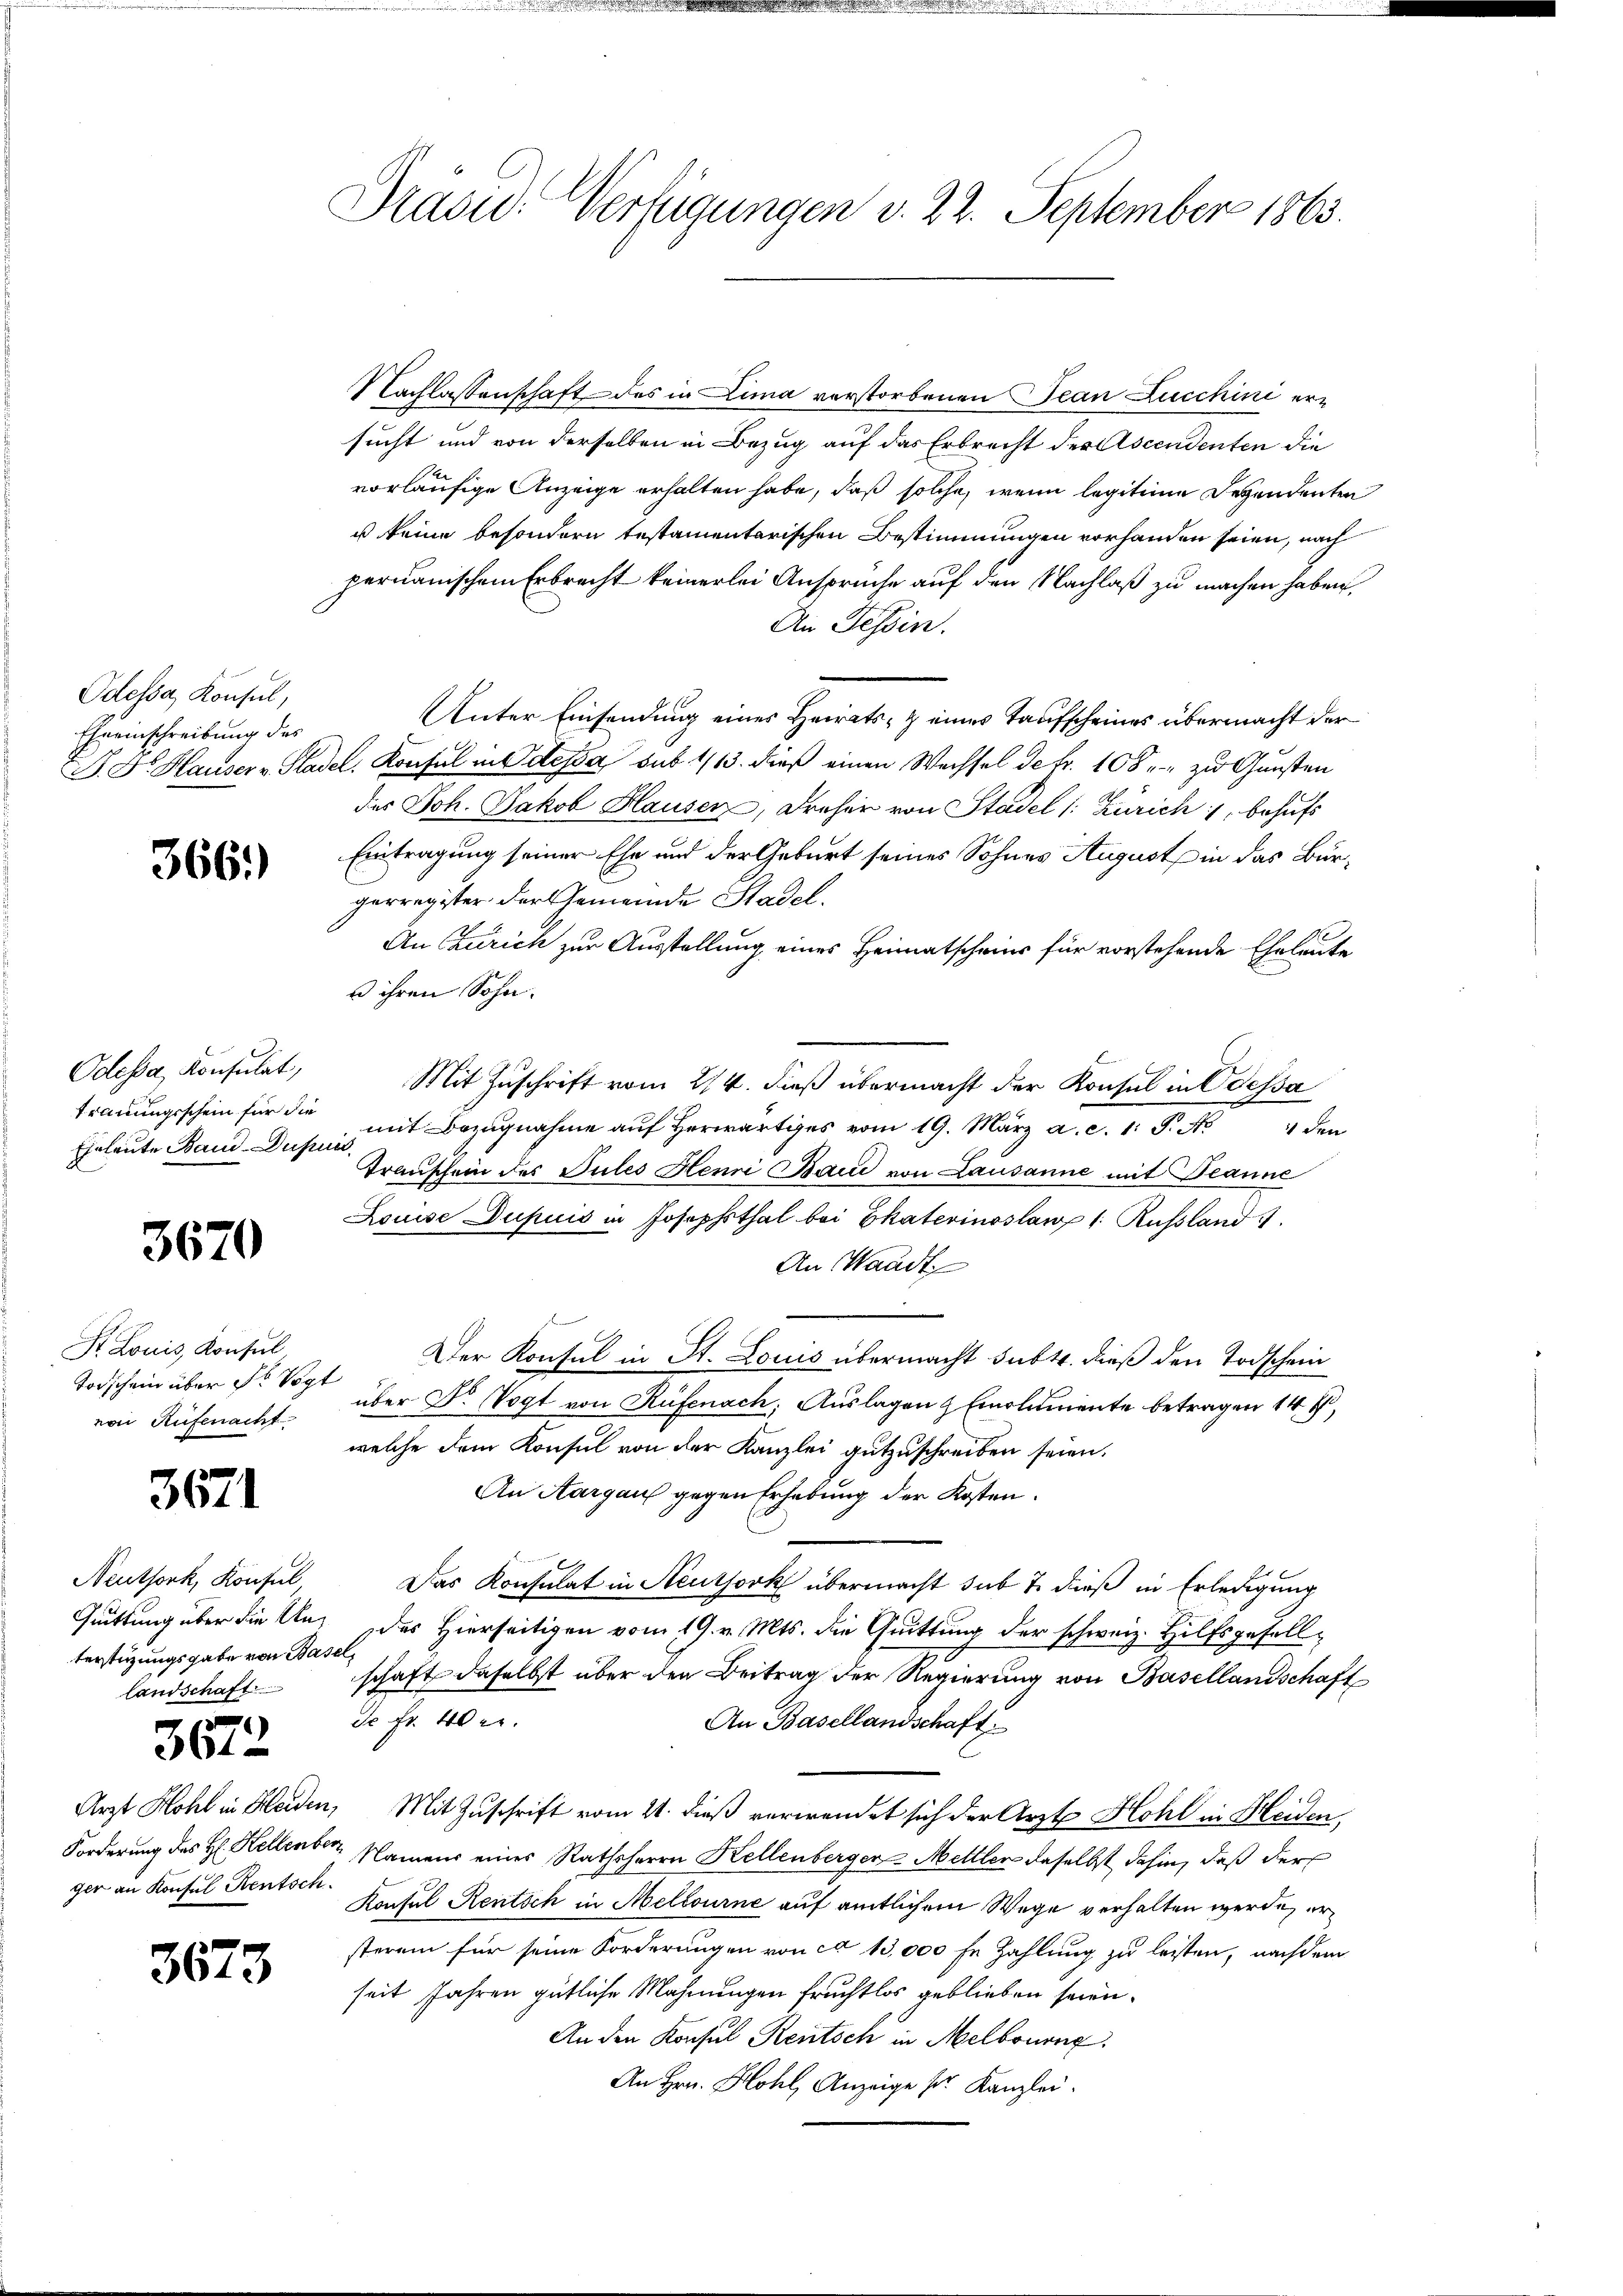
Odessa, Konsul,
Eheeinschreibung des

366.)

Odessa, Konsulat,
Trauungsschein für die

3670

St. Louis Konsul
Torschein über dr Vogt
von Rufenacht

3671

Nachlassenschaft des in Lima verstorbenen Jean Zuschini ersucht und von derselben in Bezug auf das Erbrecht des Ascendenten die
vorläufige Anzeige erhalten habe, daß solche, wenn legitime Dependenten
u keine besondern testamentarischen Bestimmungen vorhanden seien, nach
permanischen Erbrecht keinerlei Ansprüche auf den Nachlaß zu machen haben,
An Tessin.
Unter Einsendung eines Heirats- & eines Taufscheines übermacht der
P. Dr. Hauser v. Stadel. Konsul in Odessa sub 1/13. dieß einen Wechsel de Fr. 108 zu Gunsten
des Joh. Jakob Hausen, Früher von Stadel (: Zürich, behufs
Eintragung seiner Ehe und der Geburt seines Sohnes August in das Bürgerregister der Gemeinde Stadel.
An Czurich zur Ausstellung eines Heimatscheins für vorstehende Eheleute
u ihren Sohn.
E
Mit Zuschrift vom 2/4. daß übermacht der Konsul in Odessa
Eheleute Band Dust Bezugnahme auf herwärtiges vom 19. März a. c. 1. P. Nr. 4 den
Transchein des Pules Henri Band von Lausanne mit Beanne
Louise Dupuis in Josephsthal bei Ekaterinoslaw 1. Russland
An Waadt

Der Konsul in St. Louis übermacht subtr. dieß den Todschein
über Dr. Vogt von Rüfenach; Auslagen Emolumente betragen 14 f,
welche dem Konsul von der Kanzlei gutzuschreiben seien.
An Aargaus gegen Erhebung der Kosten.
Das Konsulat in Neuthork übermacht sub 7. dieß in Erledigung
Gruttung über die An des Hierseitigen vom 19. v. Mts. die Quittung der schweiz. Hilfsgesellschaft daselbst über den Beitrag der Regierung von Basellandschaft
de Fr. 40 l.
An Basellandschaft
Arzt Hohl in Heiden, Mit Zuschrift vom 11. dieß verwendet sich der Arzt Hohl in Heiden,
Forderung des H. Kellenber, Namens eines Rathsherrn Kellenberger-Mettler daselbst dahin, daß der
ger an Konsul Rentsch. Hasel Rentsch in Mellourne auf amtlichem Wege verhalten werde, ersterem für seine Forderungen von ca 13,000 fr Zahlung zu leisten, nachdem
seit Jahren gütliche Mahnungen fruchtlos geblieben seien.
An den Konsul Rentsch in Melbourng
An Hrn. Hohl, Anzeige ser Kanzlei.

Neuthork, Konsul
terstüzungsgabe von Basel,
landschaft

3672

3673

Präsid. Verfügungen v. 22. September 1863.